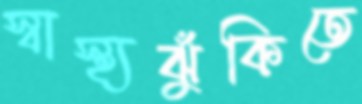
স্বাস্থ্যঝুঁকিতে